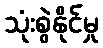
သုံးစွဲနိုင်မှု